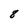
Character: 8